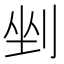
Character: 剉